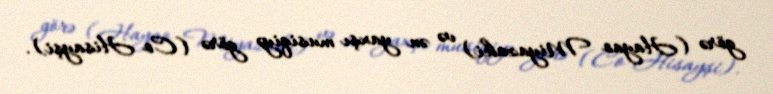
görə (Hayao Miyazaki) və ən yaxşı musiqiyə görə (Co Hisayşi).